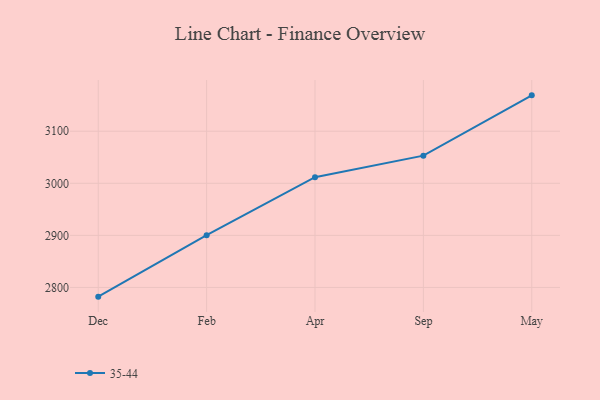
{"axis": {"x": "Month", "y": "Operating Costs (USD K)"}, "legend": ["35-44"], "data": [{"x": "Dec", "y": 2782.3, "type": "35-44"}, {"x": "Feb", "y": 2900.4, "type": "35-44"}, {"x": "Apr", "y": 3011.7, "type": "35-44"}, {"x": "Sep", "y": 3053.1, "type": "35-44"}, {"x": "May", "y": 3168.9, "type": "35-44"}]}